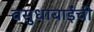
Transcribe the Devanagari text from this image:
वसुधाबाईंची